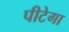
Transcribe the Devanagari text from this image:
पीटेगा